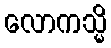
လောကသ္မိ